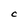
Character: C